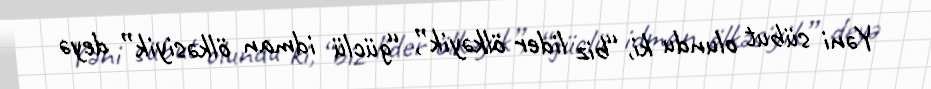
Yəni sübut olundu ki, “biz lider ölkəyik”, “güclü idman ölkəsiyik” deyə